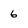
Character: 6